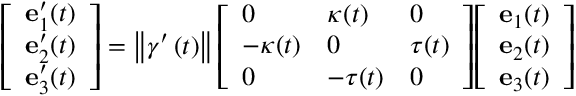
{ \left[ \begin{array} { l } { \mathbf { e } _ { 1 } ^ { \prime } ( t ) } \\ { \mathbf { e } _ { 2 } ^ { \prime } ( t ) } \\ { \mathbf { e } _ { 3 } ^ { \prime } ( t ) } \end{array} \right] } = \left\Vert \gamma ^ { \prime } \left( t \right) \right\Vert { \left[ \begin{array} { l l l } { 0 } & { \kappa ( t ) } & { 0 } \\ { - \kappa ( t ) } & { 0 } & { \tau ( t ) } \\ { 0 } & { - \tau ( t ) } & { 0 } \end{array} \right] } { \left[ \begin{array} { l } { \mathbf { e } _ { 1 } ( t ) } \\ { \mathbf { e } _ { 2 } ( t ) } \\ { \mathbf { e } _ { 3 } ( t ) } \end{array} \right] }